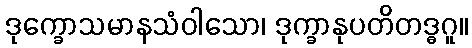
ဒုက္ခောသမာနသံဝါသော၊ ဒုက္ခာနုပတိတဒ္ဓဂူ။